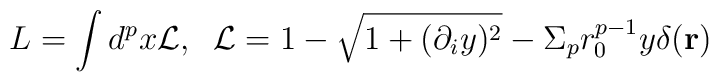
L=\int d^px{\cal L},\;\; {\cal L} = 1 - \sqrt{1 + (\partial_i  y)^2} -\Sigma_pr_0^{p-1}y\delta({\bf r})